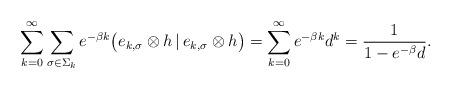
LaTeX: \begin{align*}\sum_{k=0}^\infty\sum_{\sigma\in\Sigma_k}e^{-\beta k}\big(e_{k,\sigma}\otimes h\,|\,e_{k,\sigma}\otimes h\big)=\sum_{k=0}^\infty e^{-\beta k}d^k=\frac{1}{1-e^{-\beta}d}.\end{align*}